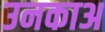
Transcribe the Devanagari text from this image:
उनकाअ